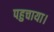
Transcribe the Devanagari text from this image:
पहुचाया।